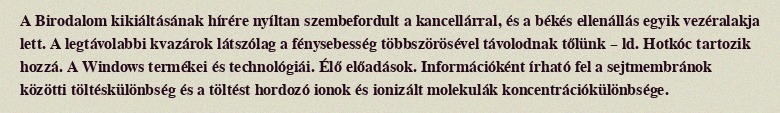
A Birodalom kikiáltásának hírére nyíltan szembefordult a kancellárral, és a békés ellenállás egyik vezéralakja lett. A legtávolabbi kvazárok látszólag a fénysebesség többszörösével távolodnak tőlünk – ld. Hotkóc tartozik hozzá. A Windows termékei és technológiái. Élő előadások. Információként írható fel a sejtmembránok közötti töltéskülönbség és a töltést hordozó ionok és ionizált molekulák koncentrációkülönbsége.